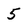
Character: 5